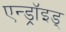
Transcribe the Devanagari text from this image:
एन्ड्रॉइड्